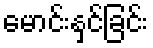
မောင်းနှင်ခြင်း